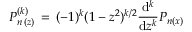
P _ { n \, ( z ) } ^ { ( k ) } \, = \, ( - 1 ) ^ { k } ( 1 - z ^ { 2 } ) ^ { k / 2 } \frac { \mathrm { d } ^ { k } } { \mathrm { d } z ^ { k } } P _ { n ( x ) }